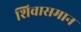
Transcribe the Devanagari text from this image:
शिवासमान